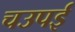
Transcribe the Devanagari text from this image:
चउपई